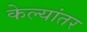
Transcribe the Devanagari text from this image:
केल्यांतर